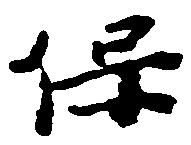
保